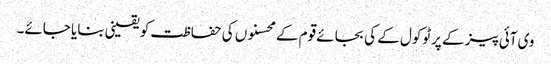
وی آئی پیز کے پرٹوکول کے کی بجائے قوم کے محسنوں کی حفاظت کو یقینی بنایا جائے۔